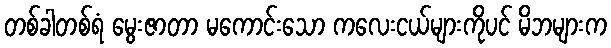
တစ်ခါတစ်ရံ မွေးဇာတာ မကောင်းသော ကလေးငယ်များကိုပင် မိဘများက